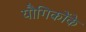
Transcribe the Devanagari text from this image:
यौगिकोंके